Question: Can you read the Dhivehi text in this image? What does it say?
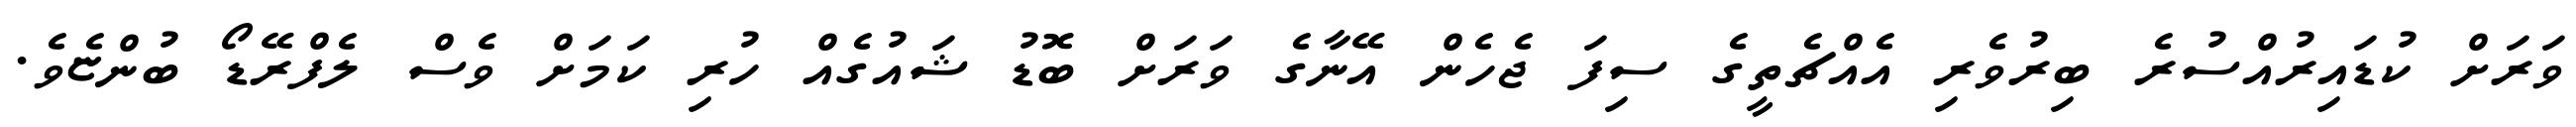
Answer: ވަރަށް ކުޑައިރުއްސުރެ ބިރުވެރި އެއްޗެތީގެ ސިފަ ޖެހެން އޭނާގެ ވަރަށް ބޮޑު ޝައުގެއް ހުރި ކަމަށް ވެސް ލެފްރޭޑޯ ބުންޏެވެ.